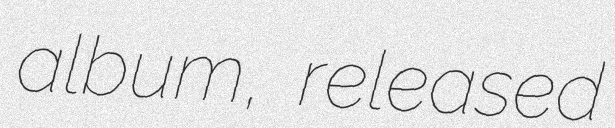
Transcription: album, released